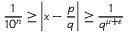
{ \frac { 1 } { 1 0 ^ { n } } } \geq \left| x - { \frac { p } { q } } \right| \geq { \frac { 1 } { q ^ { \mu + \varepsilon } } }